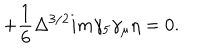
+ \frac { 1 } { 6 } \Delta ^ { 3 / 2 } i m \gamma _ { 5 } \gamma _ { \mu } \eta = 0 .